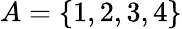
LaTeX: A=\{ 1,2,3,4\}